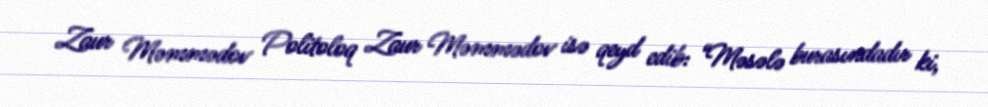
Zaur Məmmədov Politoloq Zaur Məmmədov isə qeyd edib: “Məsələ burasındadır ki,